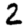
Digit: 2